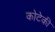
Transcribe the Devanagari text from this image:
कोटेकी